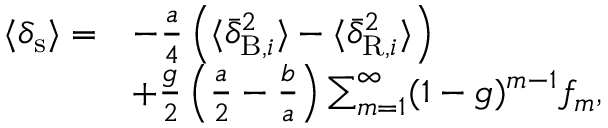
\begin{array} { r l } { \langle \delta _ { \mathrm { s } } \rangle = } & { - \frac { a } { 4 } \left( \langle \bar { \delta } _ { \mathrm { B } , i } ^ { 2 } \rangle - \langle \bar { \delta } _ { \mathrm { R } , i } ^ { 2 } \rangle \right) } \\ & { + \frac { g } { 2 } \left( \frac { a } { 2 } - \frac { b } { a } \right) \sum _ { m = 1 } ^ { \infty } ( 1 - g ) ^ { m - 1 } f _ { m } , } \end{array}